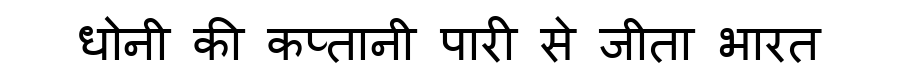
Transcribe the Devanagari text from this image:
धोनी की कप्तानी पारी से जीता भारत